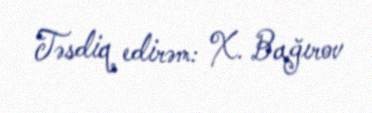
Təsdiq edirəm: X. Bağırov